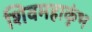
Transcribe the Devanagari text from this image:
शिवमहाकुंभ